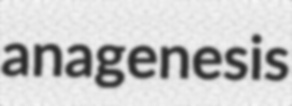
anagenesis